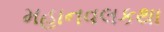
મહાનવલકથા